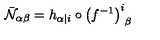
{ \bar { \cal N } } _ { \alpha \beta } = h _ { \alpha \vert i } \circ \left( f ^ { - 1 } \right) _ { \phantom { i } \beta } ^ { i }